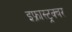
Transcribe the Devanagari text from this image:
इफ्रास्ट्रक्चर